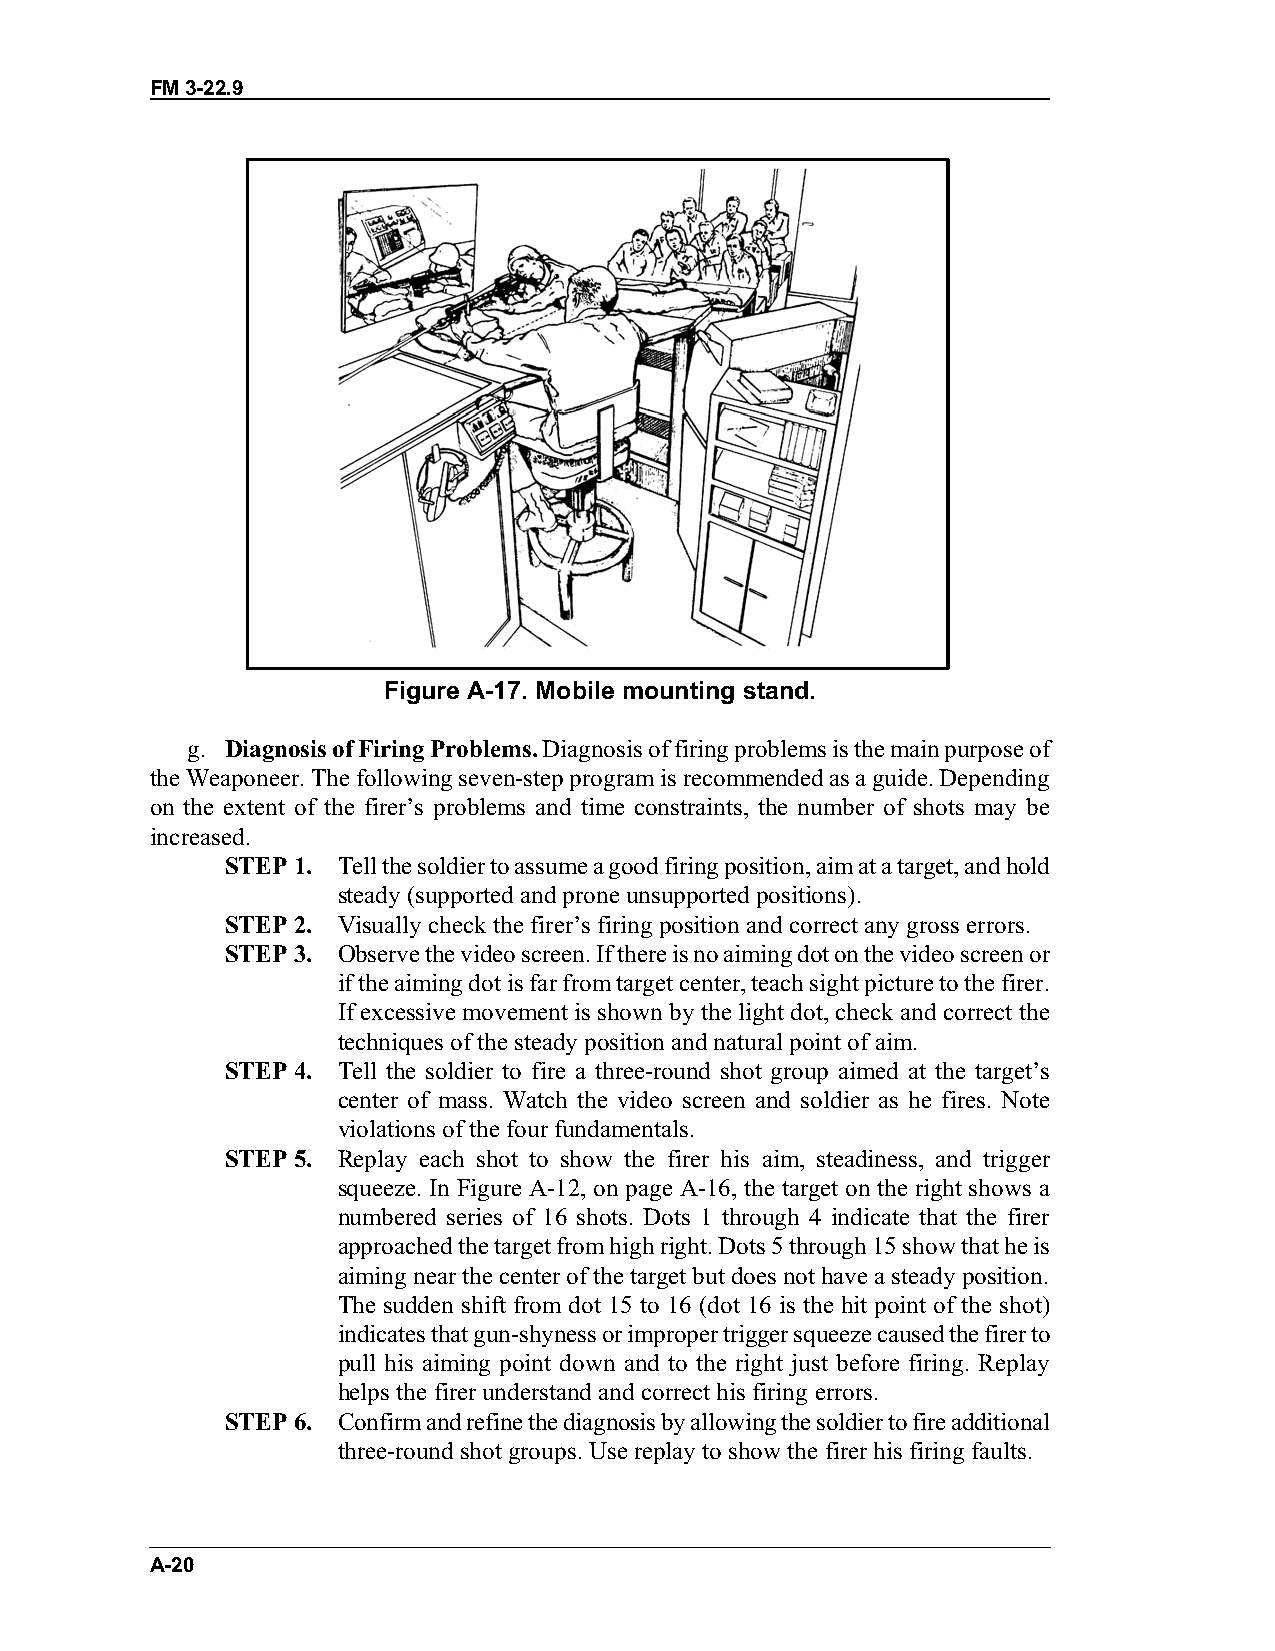
FM 3-22.9
 Figure A-17. Mobile mounting stand.
 g. Diagnosis of Firing Problems. Diagnosis of firing problems is the main purpose of
 the Weaponeer. The following seven-step program is recommended as a guide. Depending
 on the extent of the firer’s problems and time constraints, the number of shots may be
 increased.
 STEP 1. Tell the soldier to assume a good firing position, aim at a target, and hold
 steady (supported and prone unsupported positions).
 STEP 2. Visually check the firer’s firing position and correct any gross errors.
 STEP 3. Observe the video screen. If there is no aiming dot on the video screen or
 if the aiming dot is far from target center, teach sight picture to the firer.
 If excessive movement is shown by the light dot, check and correct the
 techniques of the steady position and natural point of aim.
 STEP 4. Tell the soldier to fire a three-round shot group aimed at the target’s
 center of mass. Watch the video screen and soldier as he fires. Note
 violations of the four fundamentals.
 STEP 5. Replay each shot to show the firer his aim, steadiness, and trigger
 squeeze. In Figure A-12, on page A-16, the target on the right shows a
 numbered series of 16 shots. Dots 1 through 4 indicate that the firer
 approached the target from high right. Dots 5 through 15 show that he is
 aiming near the center of the target but does not have a steady position.
 The sudden shift from dot 15 to 16 (dot 16 is the hit point of the shot)
 indicates that gun-shyness or improper trigger squeeze caused the firer to
 pull his aiming point down and to the right just before firing. Replay
 helps the firer understand and correct his firing errors.
 STEP 6. Confirm and refine the diagnosis by allowing the soldier to fire additional
 three-round shot groups. Use replay to show the firer his firing faults.
 A-20